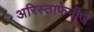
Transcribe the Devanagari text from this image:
अरिस्ताफेनीज